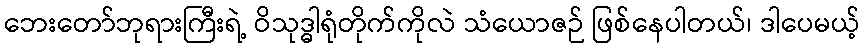
ဘေးတော်ဘုရားကြီးရဲ့ ဝိသုဒ္ဓါရုံတိုက်ကိုလဲ သံယောဇဉ် ဖြစ်နေပါတယ်၊ ဒါပေမယ့်